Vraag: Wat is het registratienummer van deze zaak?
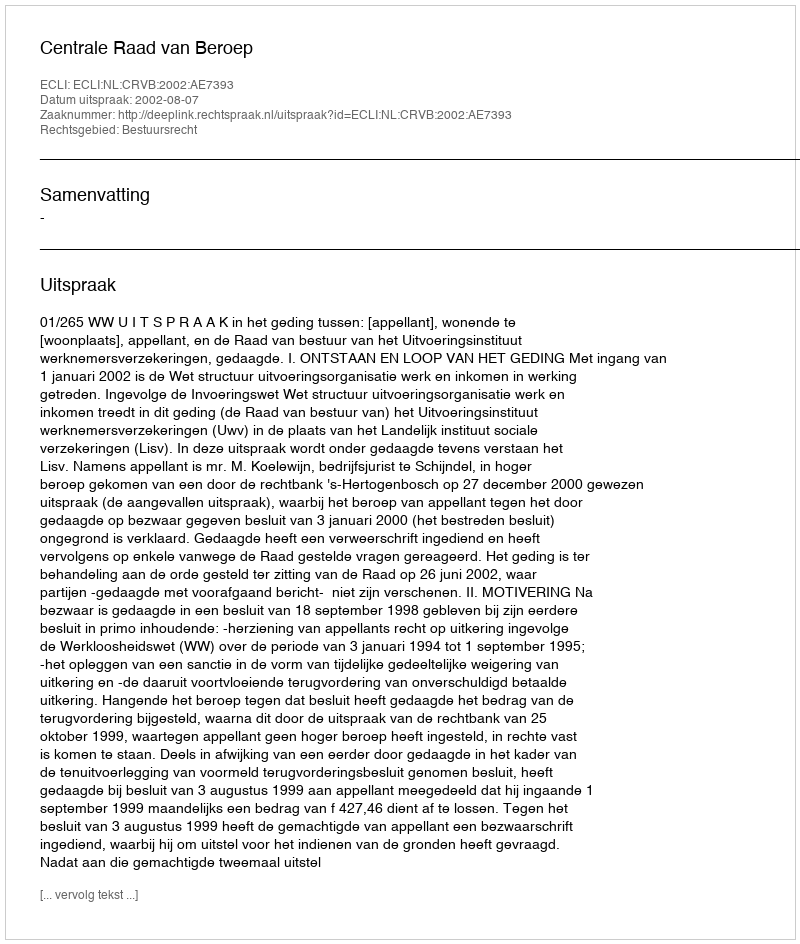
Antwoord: http://deeplink.rechtspraak.nl/uitspraak?id=ECLI:NL:CRVB:2002:AE7393